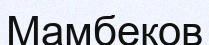
Мамбеков